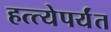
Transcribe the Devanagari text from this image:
हत्त्येपर्यंत